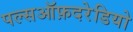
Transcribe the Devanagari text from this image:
पल्सऑफ़दरेडियो